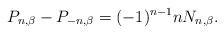
LaTeX: \begin{align*}P_{n, \beta}-P_{-n, \beta}=(-1)^{n-1} n N_{n, \beta}.\end{align*}